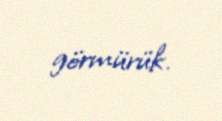
görmürük.